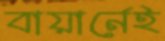
বায়ার্নেই